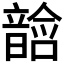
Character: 𱂓